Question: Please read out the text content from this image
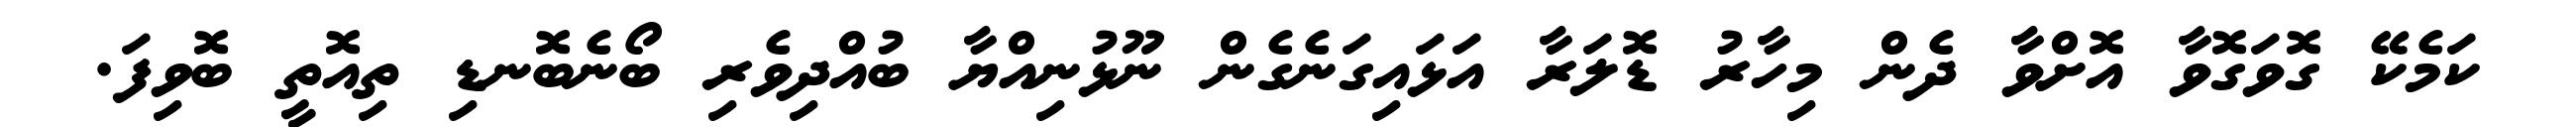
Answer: ކަމެކޭ ގޮވަގޮވާ އޮށްވާ ދެން މިހާރު ޑޮލަރާ އަޅައިގަނެގެން ނޫޅުނިއްޔާ ބުއްދިވެރި ބޯނެބޮނޑި ތިއޮތީ ބޮވިފަ.